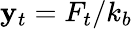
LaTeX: \mathbf{y}_{t}=F_{t}/k_{b}